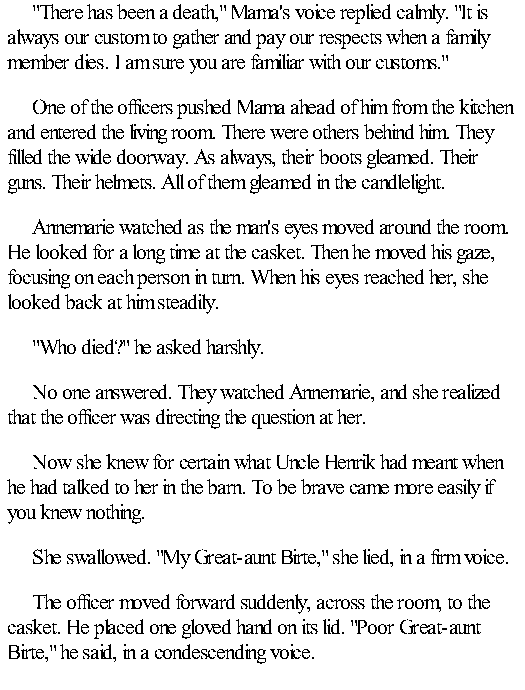
"There has been a death," Mama's voice replied calmly. "It is
 always our custom to gather and pay our respects when a family
 member dies. I am sure you are familiar with our customs."
 One of the officers pushed Mama ahead of him from the kitchen
 and entered the living room. There were others behind him. They
 filled the wide doorway. As always, their boots gleamed. Their
 guns. Their helmets. All of them gleamed in the candlelight.
 Annemarie watched as the man's eyes moved around the room.
 He looked for a long time at the casket. Then he moved his gaze,
 focusing on each person in turn. When his eyes reached her, she
 looked back at him steadily.
 "Who died?" he asked harshly.
 No one answered. They watched Annemarie, and she realized
 that the officer was directing the question at her.
 Now she knew for certain what Uncle Henrik had meant when
 he had talked to her in the barn. To be brave came more easily if
 you knew nothing.
 She swallowed. "My Great-aunt Birte," she lied, in a firm voice.
 The officer moved forward suddenly, across the room, to the
 casket. He placed one gloved hand on its lid. "Poor Great-aunt
 Birte," he said, in a condescending voice.